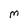
Character: M